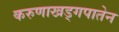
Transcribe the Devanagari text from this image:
करुणाखड्गपातेन